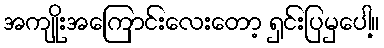
အကျိုးအကြောင်းလေးတော့ ရှင်းပြမှပေါ့။